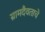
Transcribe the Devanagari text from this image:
ग्रामदैवताचे